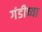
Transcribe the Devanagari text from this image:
गंडीच्या